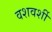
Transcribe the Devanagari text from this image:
वशवर्शी